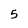
Character: 5